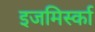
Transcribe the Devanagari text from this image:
इजमिर्स्का